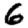
Digit: 6